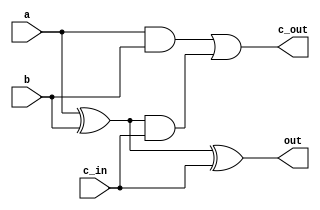
// Adder unit for the adder of the ALU


module adder_unit
    (input a,
    input b,
    input c_in,
    
    output out,
    output c_out);

    assign out = (a ^ b) ^ c_in;
    assign c_out = (a & b) | ((a ^ b) & c_in);

endmodule